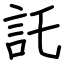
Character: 託